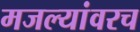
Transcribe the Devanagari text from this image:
मजल्यांवरच